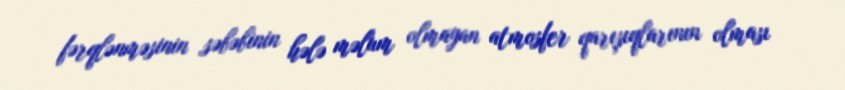
fərqlənməsinin səbəbinin hələ məlum olmayan atmosfer qarışıqlarının olması